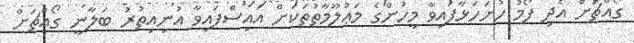
ގޯއްޗަށް އެދި ފޯމު ހުށަހަޅާފައިވާ މީހުންގެ މަޢުލޫމާތުތަކަށް އައިސްފައިވާ އުނިއިތުރު ބަލާނީ ގޯއްޗަށް